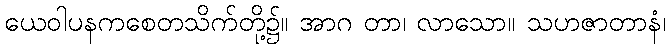
ယေဝါပနကစေတသိက်တို့၌။ အာဂ တာ၊ လာသော။ သဟဇာတာနံ၊